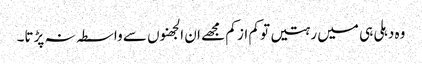
وہ دہلی ہی میں رہتیں تو کم از کم مجھے ان الجھنوں سے واسطہ نہ پڑتا۔